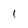
Character: l